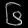
Digit: ၆